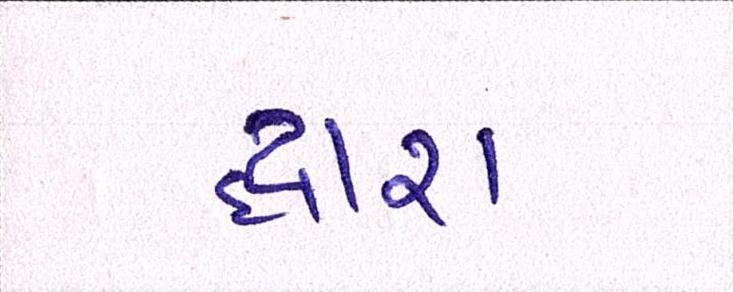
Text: દ્ધારા